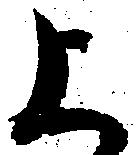
上